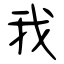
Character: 我